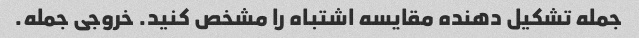
جمله تشكيل دهنده مقايسه اشتباه را مشخص كنيد. خروجی جمله.